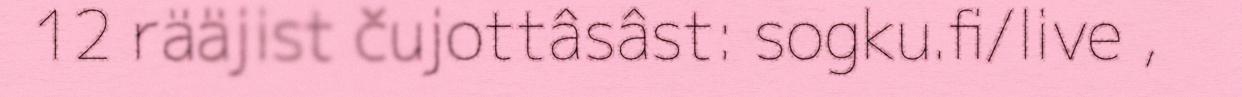
12 rääjist čujottâsâst: sogku.fi/live ,